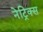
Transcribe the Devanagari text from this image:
नेट्रिक्स